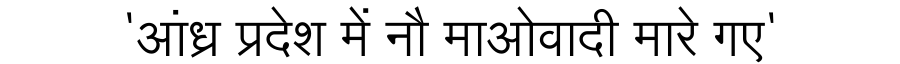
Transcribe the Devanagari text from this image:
'आंध्र प्रदेश में नौ माओवादी मारे गए'